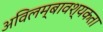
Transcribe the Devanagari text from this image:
अविलम्बावश्यकता